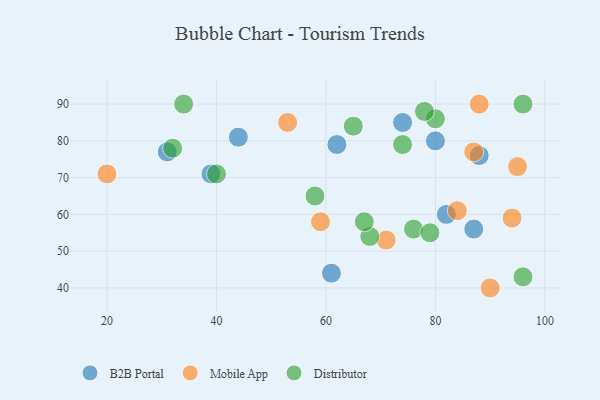
{"axis": {"x": "GDP", "y": "Life Expectancy"}, "legend": ["B2B Portal", "Distributor", "Mobile App"], "data": [{"x": "88", "y": 76, "type": "B2B Portal"}, {"x": "62", "y": 79, "type": "B2B Portal"}, {"x": "44", "y": 81, "type": "B2B Portal"}, {"x": "82", "y": 60, "type": "B2B Portal"}, {"x": "80", "y": 80, "type": "B2B Portal"}, {"x": "74", "y": 85, "type": "B2B Portal"}, {"x": "39", "y": 71, "type": "B2B Portal"}, {"x": "61", "y": 44, "type": "B2B Portal"}, {"x": "87", "y": 56, "type": "B2B Portal"}, {"x": "31", "y": 77, "type": "B2B Portal"}, {"x": "84", "y": 61, "type": "Mobile App"}, {"x": "94", "y": 59, "type": "Mobile App"}, {"x": "88", "y": 90, "type": "Mobile App"}, {"x": "71", "y": 53, "type": "Mobile App"}, {"x": "90", "y": 40, "type": "Mobile App"}, {"x": "53", "y": 85, "type": "Mobile App"}, {"x": "87", "y": 77, "type": "Mobile App"}, {"x": "59", "y": 58, "type": "Mobile App"}, {"x": "20", "y": 71, "type": "Mobile App"}, {"x": "95", "y": 73, "type": "Mobile App"}, {"x": "74", "y": 79, "type": "Distributor"}, {"x": "40", "y": 71, "type": "Distributor"}, {"x": "80", "y": 86, "type": "Distributor"}, {"x": "32", "y": 78, "type": "Distributor"}, {"x": "78", "y": 88, "type": "Distributor"}, {"x": "96", "y": 43, "type": "Distributor"}, {"x": "96", "y": 90, "type": "Distributor"}, {"x": "76", "y": 56, "type": "Distributor"}, {"x": "65", "y": 84, "type": "Distributor"}, {"x": "34", "y": 90, "type": "Distributor"}, {"x": "79", "y": 55, "type": "Distributor"}, {"x": "58", "y": 65, "type": "Distributor"}, {"x": "68", "y": 54, "type": "Distributor"}, {"x": "67", "y": 58, "type": "Distributor"}]}